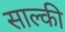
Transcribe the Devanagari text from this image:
साल्की